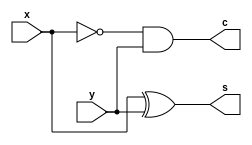
module half_substractor(
	input x,
	input y,
	output s,c
);

assign s = x^y;
assign c = ~x &y;

endmodule